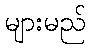
များမည်